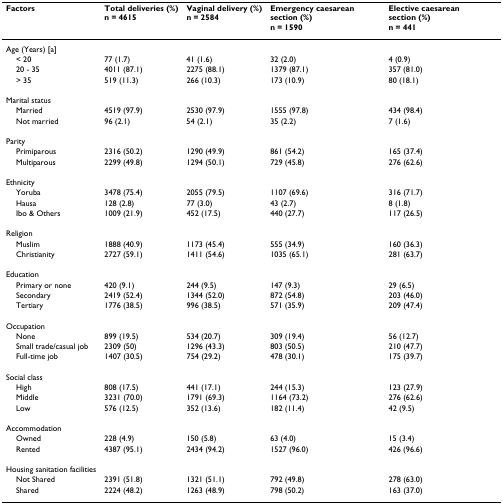
<table><thead><tr><td><b>Factors</b></td><td><b>Total deliveries (%)n = 4615</b></td><td><b>Vaginal delivery (%)n = 2584</b></td><td><b>Emergency caesarean section (%)n = 1590</b></td><td><b>Elective caesarean section (%)n = 441</b></td></tr></thead><tbody><tr><td>Age (Years) [a]</td><td></td><td></td><td></td><td></td></tr><tr><td> &lt; 20</td><td>77 (1.7)</td><td>41 (1.6)</td><td>32 (2.0)</td><td>4 (0.9)</td></tr><tr><td> 20 - 35</td><td>4011 (87.1)</td><td>2275 (88.1)</td><td>1379 (87.1)</td><td>357 (81.0)</td></tr><tr><td> &gt; 35</td><td>519 (11.3)</td><td>266 (10.3)</td><td>173 (10.9)</td><td>80 (18.1)</td></tr><tr><td>Marital status</td><td></td><td></td><td></td><td></td></tr><tr><td> Married</td><td>4519 (97.9)</td><td>2530 (97.9)</td><td>1555 (97.8)</td><td>434 (98.4)</td></tr><tr><td> Not married</td><td>96 (2.1)</td><td>54 (2.1)</td><td>35 (2.2)</td><td>7 (1.6)</td></tr><tr><td>Parity</td><td></td><td></td><td></td><td></td></tr><tr><td> Primiparous</td><td>2316 (50.2)</td><td>1290 (49.9)</td><td>861 (54.2)</td><td>165 (37.4)</td></tr><tr><td> Multiparous</td><td>2299 (49.8)</td><td>1294 (50.1)</td><td>729 (45.8)</td><td>276 (62.6)</td></tr><tr><td>Ethnicity</td><td></td><td></td><td></td><td></td></tr><tr><td> Yoruba</td><td>3478 (75.4)</td><td>2055 (79.5)</td><td>1107 (69.6)</td><td>316 (71.7)</td></tr><tr><td> Hausa</td><td>128 (2.8)</td><td>77 (3.0)</td><td>43 (2.7)</td><td>8 (1.8)</td></tr><tr><td> Ibo &amp; Others</td><td>1009 (21.9)</td><td>452 (17.5)</td><td>440 (27.7)</td><td>117 (26.5)</td></tr><tr><td>Religion</td><td></td><td></td><td></td><td></td></tr><tr><td> Muslim</td><td>1888 (40.9)</td><td>1173 (45.4)</td><td>555 (34.9)</td><td>160 (36.3)</td></tr><tr><td> Christianity</td><td>2727 (59.1)</td><td>1411 (54.6)</td><td>1035 (65.1)</td><td>281 (63.7)</td></tr><tr><td>Education</td><td></td><td></td><td></td><td></td></tr><tr><td> Primary or none</td><td>420 (9.1)</td><td>244 (9.5)</td><td>147 (9.3)</td><td>29 (6.5)</td></tr><tr><td> Secondary</td><td>2419 (52.4)</td><td>1344 (52.0)</td><td>872 (54.8)</td><td>203 (46.0)</td></tr><tr><td> Tertiary</td><td>1776 (38.5)</td><td>996 (38.5)</td><td>571 (35.9)</td><td>209 (47.4)</td></tr><tr><td>Occupation</td><td></td><td></td><td></td><td></td></tr><tr><td> None</td><td>899 (19.5)</td><td>534 (20.7)</td><td>309 (19.4)</td><td>56 (12.7)</td></tr><tr><td> Small trade/casual job</td><td>2309 (50)</td><td>1296 (43.3)</td><td>803 (50.5)</td><td>210 (47.7)</td></tr><tr><td> Full-time job</td><td>1407 (30.5)</td><td>754 (29.2)</td><td>478 (30.1)</td><td>175 (39.7)</td></tr><tr><td>Social class</td><td></td><td></td><td></td><td></td></tr><tr><td> High</td><td>808 (17.5)</td><td>441 (17.1)</td><td>244 (15.3)</td><td>123 (27.9)</td></tr><tr><td> Middle</td><td>3231 (70.0)</td><td>1791 (69.3)</td><td>1164 (73.2)</td><td>276 (62.6)</td></tr><tr><td> Low</td><td>576 (12.5)</td><td>352 (13.6)</td><td>182 (11.4)</td><td>42 (9.5)</td></tr><tr><td>Accommodation</td><td></td><td></td><td></td><td></td></tr><tr><td> Owned</td><td>228 (4.9)</td><td>150 (5.8)</td><td>63 (4.0)</td><td>15 (3.4)</td></tr><tr><td> Rented</td><td>4387 (95.1)</td><td>2434 (94.2)</td><td>1527 (96.0)</td><td>426 (96.6)</td></tr><tr><td>Housing sanitation facilities</td><td></td><td></td><td></td><td></td></tr><tr><td> Not Shared</td><td>2391 (51.8)</td><td>1321 (51.1)</td><td>792 (49.8)</td><td>278 (63.0)</td></tr><tr><td> Shared</td><td>2224 (48.2)</td><td>1263 (48.9)</td><td>798 (50.2)</td><td>163 (37.0)</td></tr></tbody></table>